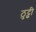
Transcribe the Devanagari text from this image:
ठुट्ढी